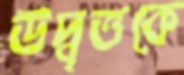
উদ্বৃত্তকে